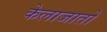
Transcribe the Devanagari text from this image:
केलाजातो